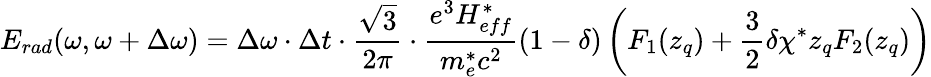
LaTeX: E_{rad}(\omega,\omega+\Delta\omega)=\Delta\omega\cdot\Delta t\cdot\frac{\sqrt{3}}{2\pi}\cdot\frac{e^{3}H_{eff}^{*}}{m_{e}^{*}c^{2}}(1-\delta)\left(F_{1}(z_{q})+\frac{3}{2}\delta\chi^{*}z_{q}F_{2}(z_{q})\right)